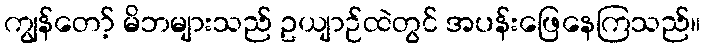
ကျွန်တော့် မိဘများသည် ဥယျာဉ်ထဲတွင် အပန်းဖြေနေကြသည်။